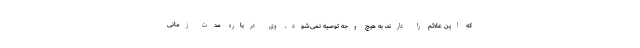
که این علائم را دارند، به هیچ وجه توصیه نمی‌شود. وی درباره مدت زمانی